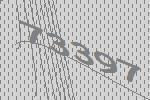
73397